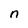
Character: n